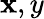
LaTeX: \mathbf{x},y